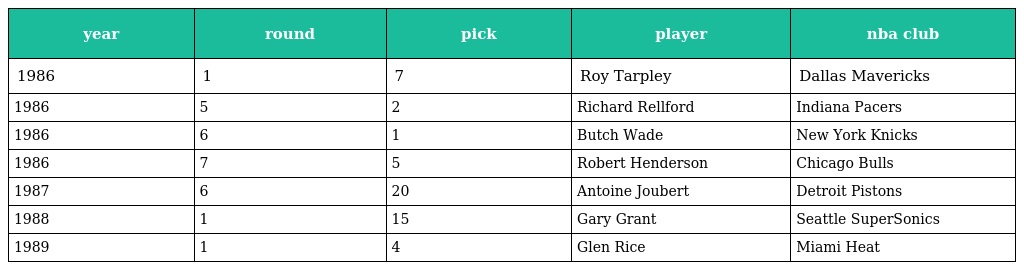
| year | round | pick | player | nba club |
 | --- | --- | --- | --- | --- |
 | 1986 | 1 | 7 | Roy Tarpley | Dallas Mavericks |
 | 1986 | 5 | 2 | Richard Rellford | Indiana Pacers |
 | 1986 | 6 | 1 | Butch Wade | New York Knicks |
 | 1986 | 7 | 5 | Robert Henderson | Chicago Bulls |
 | 1987 | 6 | 20 | Antoine Joubert | Detroit Pistons |
 | 1988 | 1 | 15 | Gary Grant | Seattle SuperSonics |
 | 1989 | 1 | 4 | Glen Rice | Miami Heat |